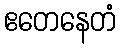
ဧတေနေတံ